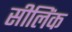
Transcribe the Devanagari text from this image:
सीलिंक